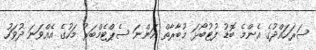
ސަރަހައްދުގެ އެންމެ ބޮޑު ފުޓުބޯޅަ މުބާރާތް އަންނަ ސެޕްޓެމްބަރު މަހުގެ އެއްވަނަ ދުވަހު